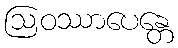
ဩဝဿာပေန္တေ